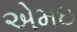
એમઇ